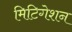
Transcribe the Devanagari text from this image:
मिटिगेशन